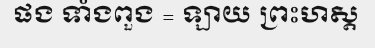
ផង ទាំងពួង = ឡាយ ព្រះហស្ត